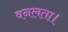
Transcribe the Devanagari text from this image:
वनलता।